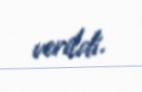
verildi.